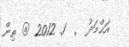
އަޙްމަދު